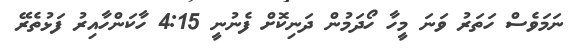
ނަމަވެސް ހަތަރު ވަނަ މީހާ ހޯދަމުން ދަނިކޮށް ފެނުނީ 4:15 ހާކަންހާއިރު ފަޅުތެރޭ